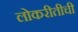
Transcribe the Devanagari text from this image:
लोकरीतीची